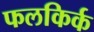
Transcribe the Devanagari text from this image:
फलकिर्क